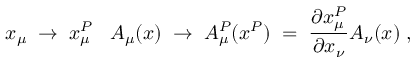
x _ { \mu } \; \to \; x _ { \mu } ^ { P } \; \; \; A _ { \mu } ( x ) \; \to \; A _ { \mu } ^ { P } ( x ^ { P } ) \; = \; \frac { \partial x _ { \mu } ^ { P } } { \partial x _ { \nu } } A _ { \nu } ( x ) \; ,